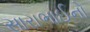
સારાભાઈનો